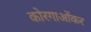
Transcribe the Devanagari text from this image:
कोरगाओंकर